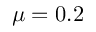
\mu = 0 . 2